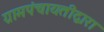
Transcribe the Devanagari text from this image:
ग्रामपंचायतीद्वारा